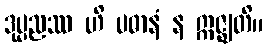
ဒုပ္ပညဿ ဟိ ပဓာနံ န ဣဇ္ဈတိ။